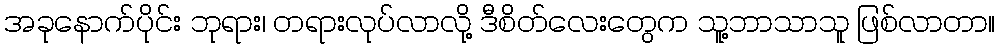
အခုနောက်ပိုင်း ဘုရား၊ တရားလုပ်လာလို့ ဒီစိတ်လေးတွေက သူ့ဘာသာသူ ဖြစ်လာတာ။